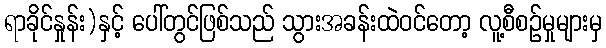
ရာခိုင်နှုန်း)နှင့် ပေါ်တွင်ဖြစ်သည် သွားအခန်းထဲဝင်တော့ လူ့စီစဉ်မှုများမှ